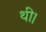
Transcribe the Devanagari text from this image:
थी।